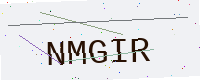
Text: NMGIR